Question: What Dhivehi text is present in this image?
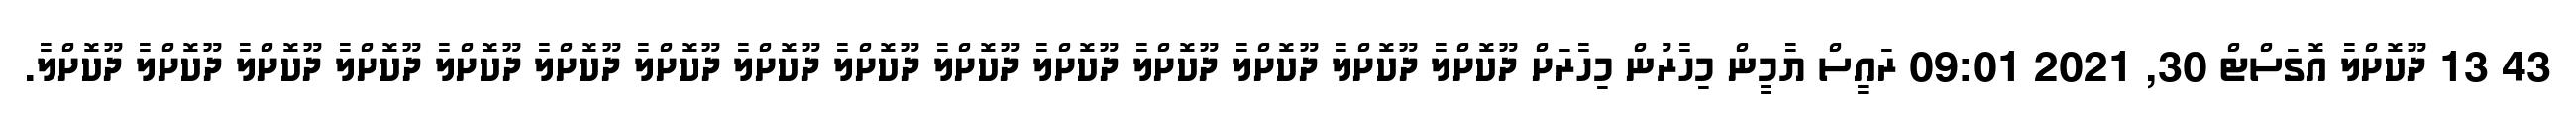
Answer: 43 13 ދޫކޮށްލާ އޮގަސްޓް 30, 2021 09:01 ރައީސް ޔާމީން މިހާރުން މިހާރަށް ދޫކޮށްލާ ދޫކޮށްލާ ދޫކޮށްލާ ދޫކޮށްލާ ދޫކޮށްލާ ދޫކޮށްލާ ދޫކޮށްލާ ދޫކޮށްލާ ދޫކޮށްލާ ދޫކޮށްލާ ދޫކޮށްލާ ދޫކޮށްލާ ދޫކޮށްލާ ދޫކޮށްލާ ދޫކޮށްލާ.